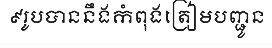
៩រូបបាននឹងកំពុងត្រៀមបញ្ជូន